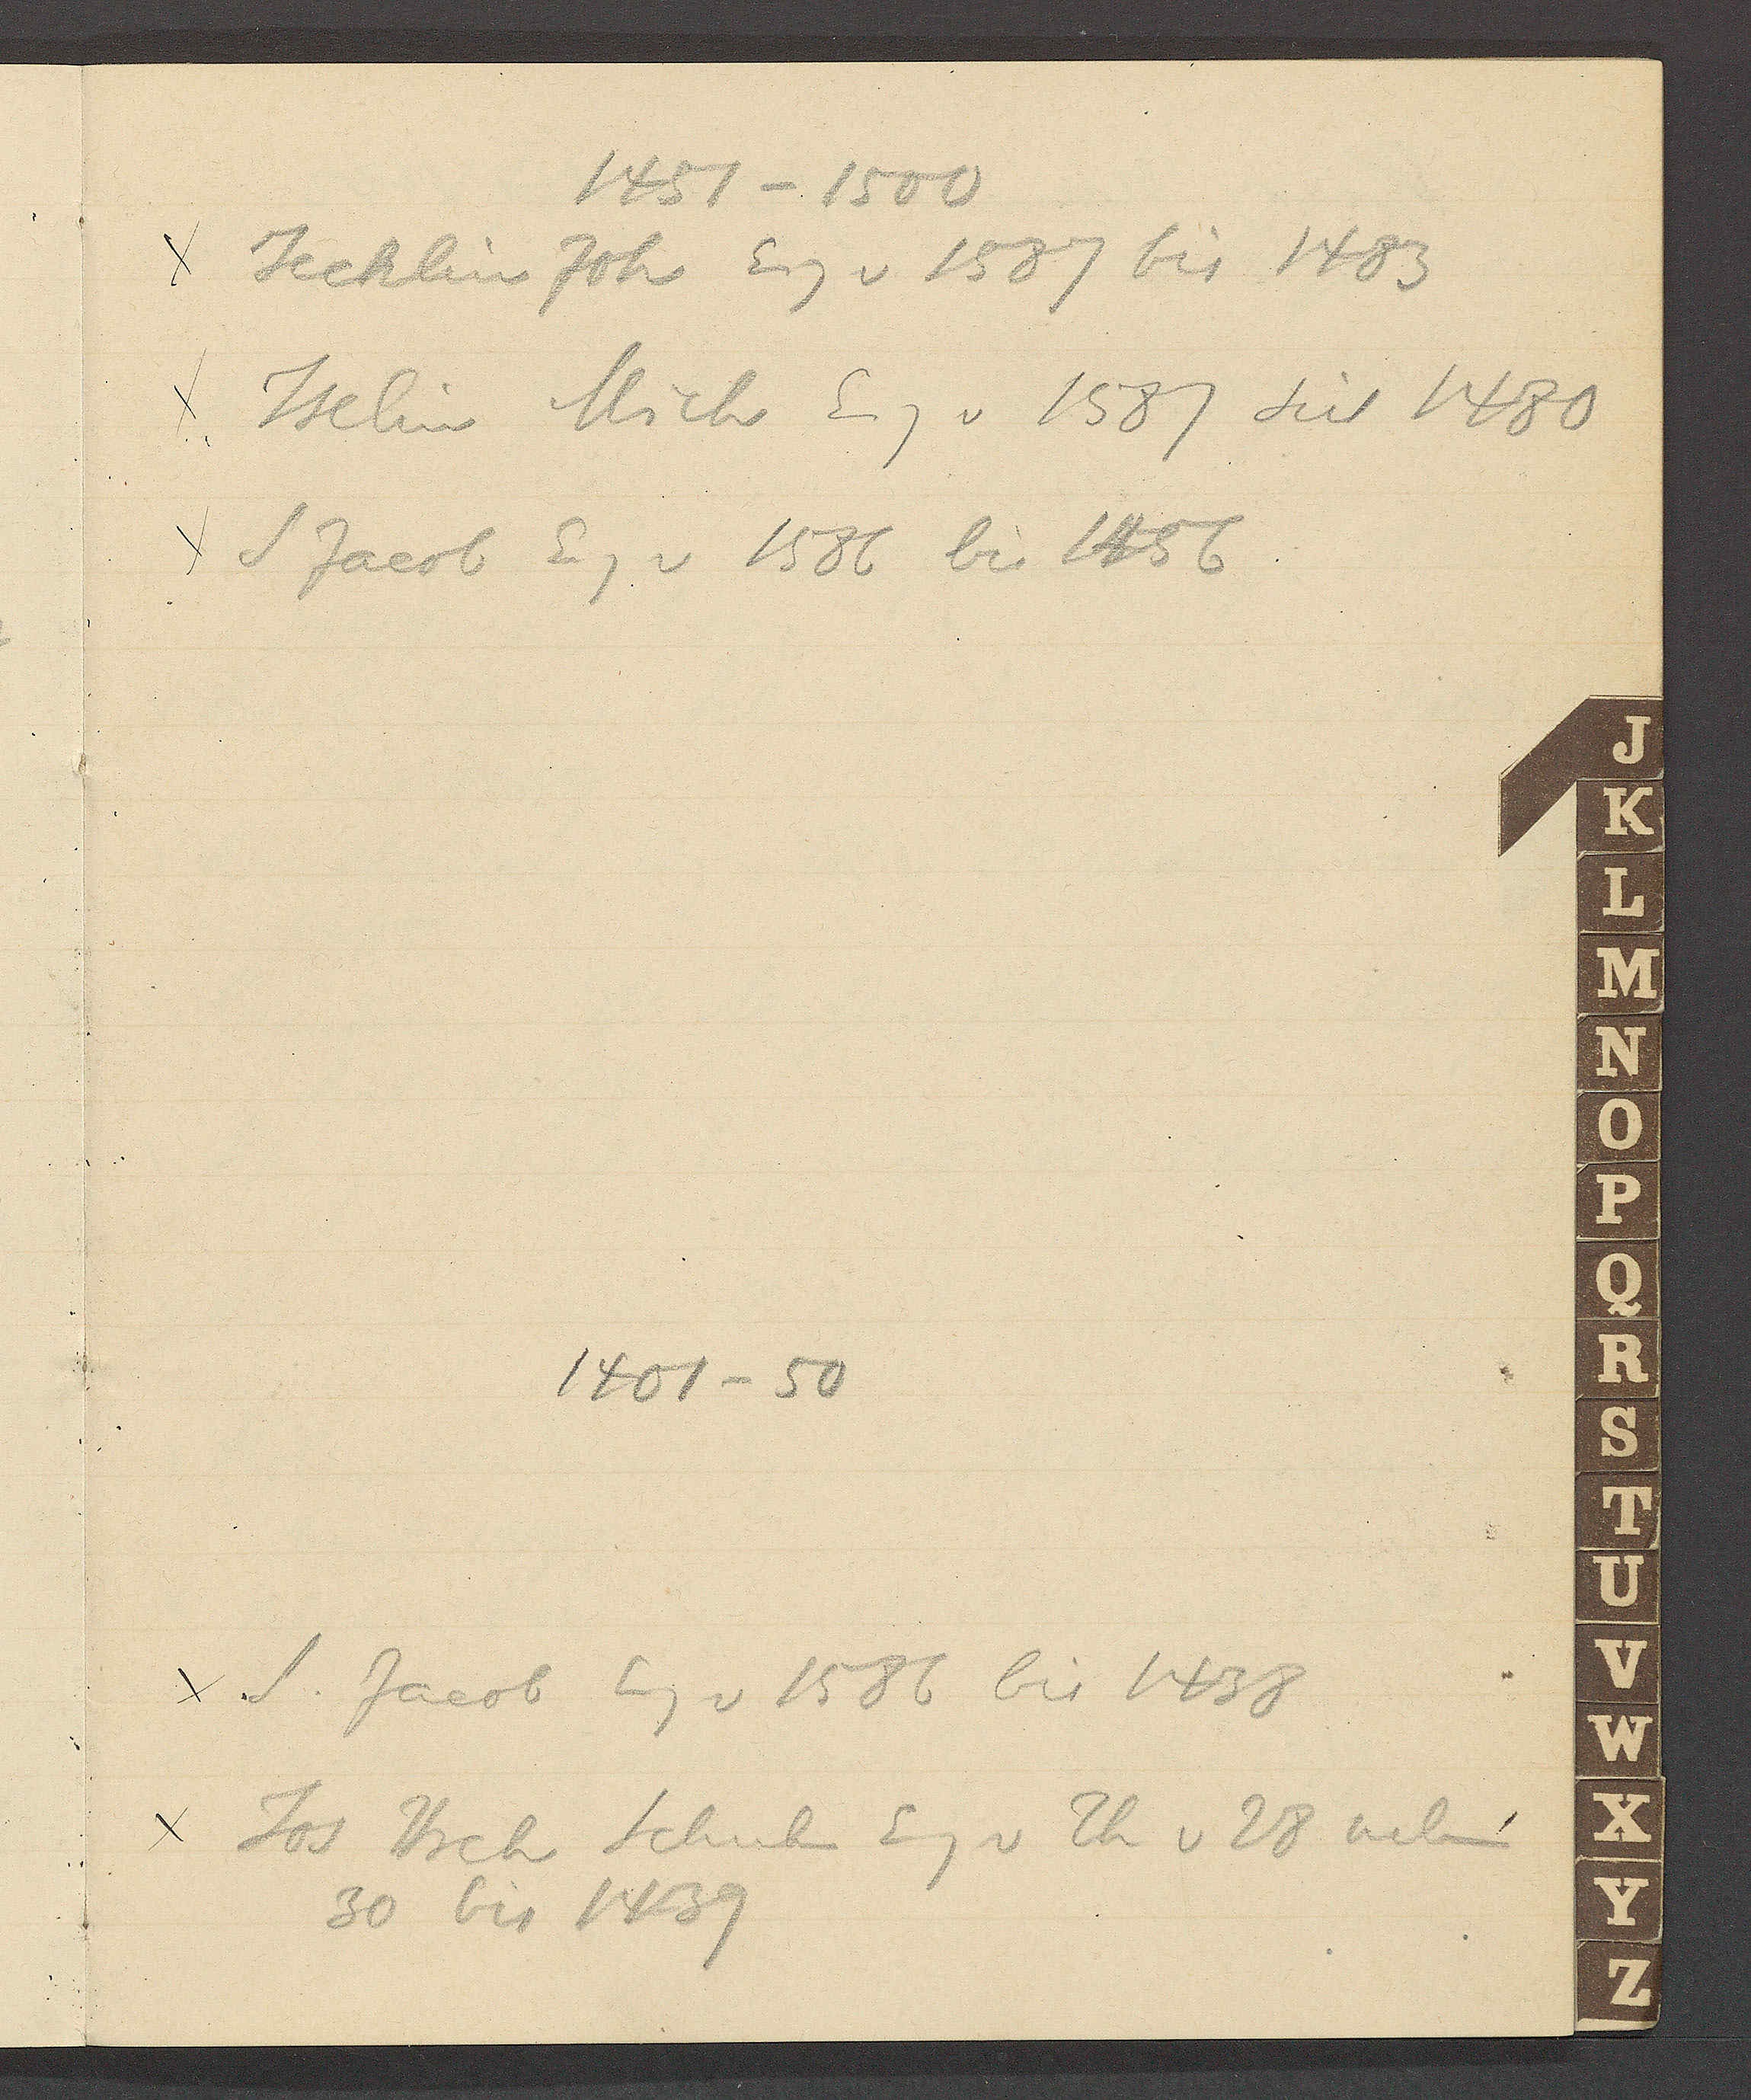
Transcript:
1451-1500
Jecklin Joh Eig v 1587 bis 1483
Iselin Mich Eig v 158z bis 1480
S Jacob Eig v 1586 bis 1456
1401-50
S. Jacob Eig v 1586 bis 1438
Jos Hrch Schnider Eig v 26 u 28 neben
30 bis 1439